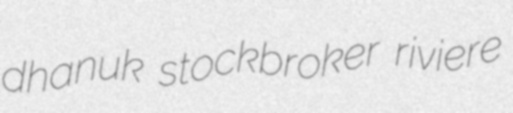
dhanuk stockbroker riviere